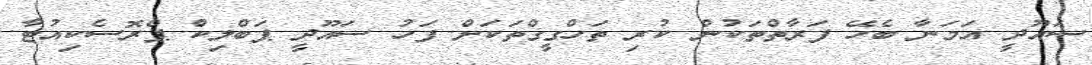
ސައޫދީ އަމަނާ ބެހޭ ފަރާތްތަކުން ކުރި ތަހްގީގްތަކަށް ފަހު ސައޫދީ ޕަބްލިކް ޕްރޮސެކިއުޓާ